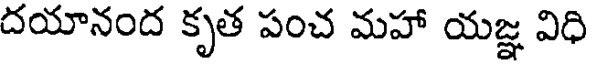
దయానంద కృత పంచ మహా యజ్ఞ విధి